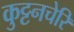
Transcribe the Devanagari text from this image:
कुट्टनचेरि